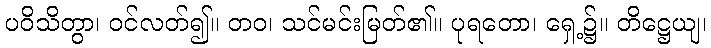
ပဝိသိတွာ၊ ဝင်လတ်၍။ တဝ၊ သင်မင်းမြတ်၏။ ပုရတော၊ ရှေ့၌။ တိဋ္ဌေယျ၊